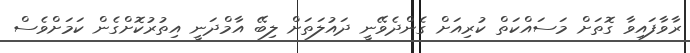
ރާވާފައިވާ ގޮތަށް މަސައްކަތް ކުރިއަށް ގެންދެވޭނީ ދައުލަތަށް ލިބޭ އާމްދަނީ އިތުރުކޮށްގެން ކަމަށްވެސް